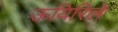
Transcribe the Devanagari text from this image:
ऊयिरिले